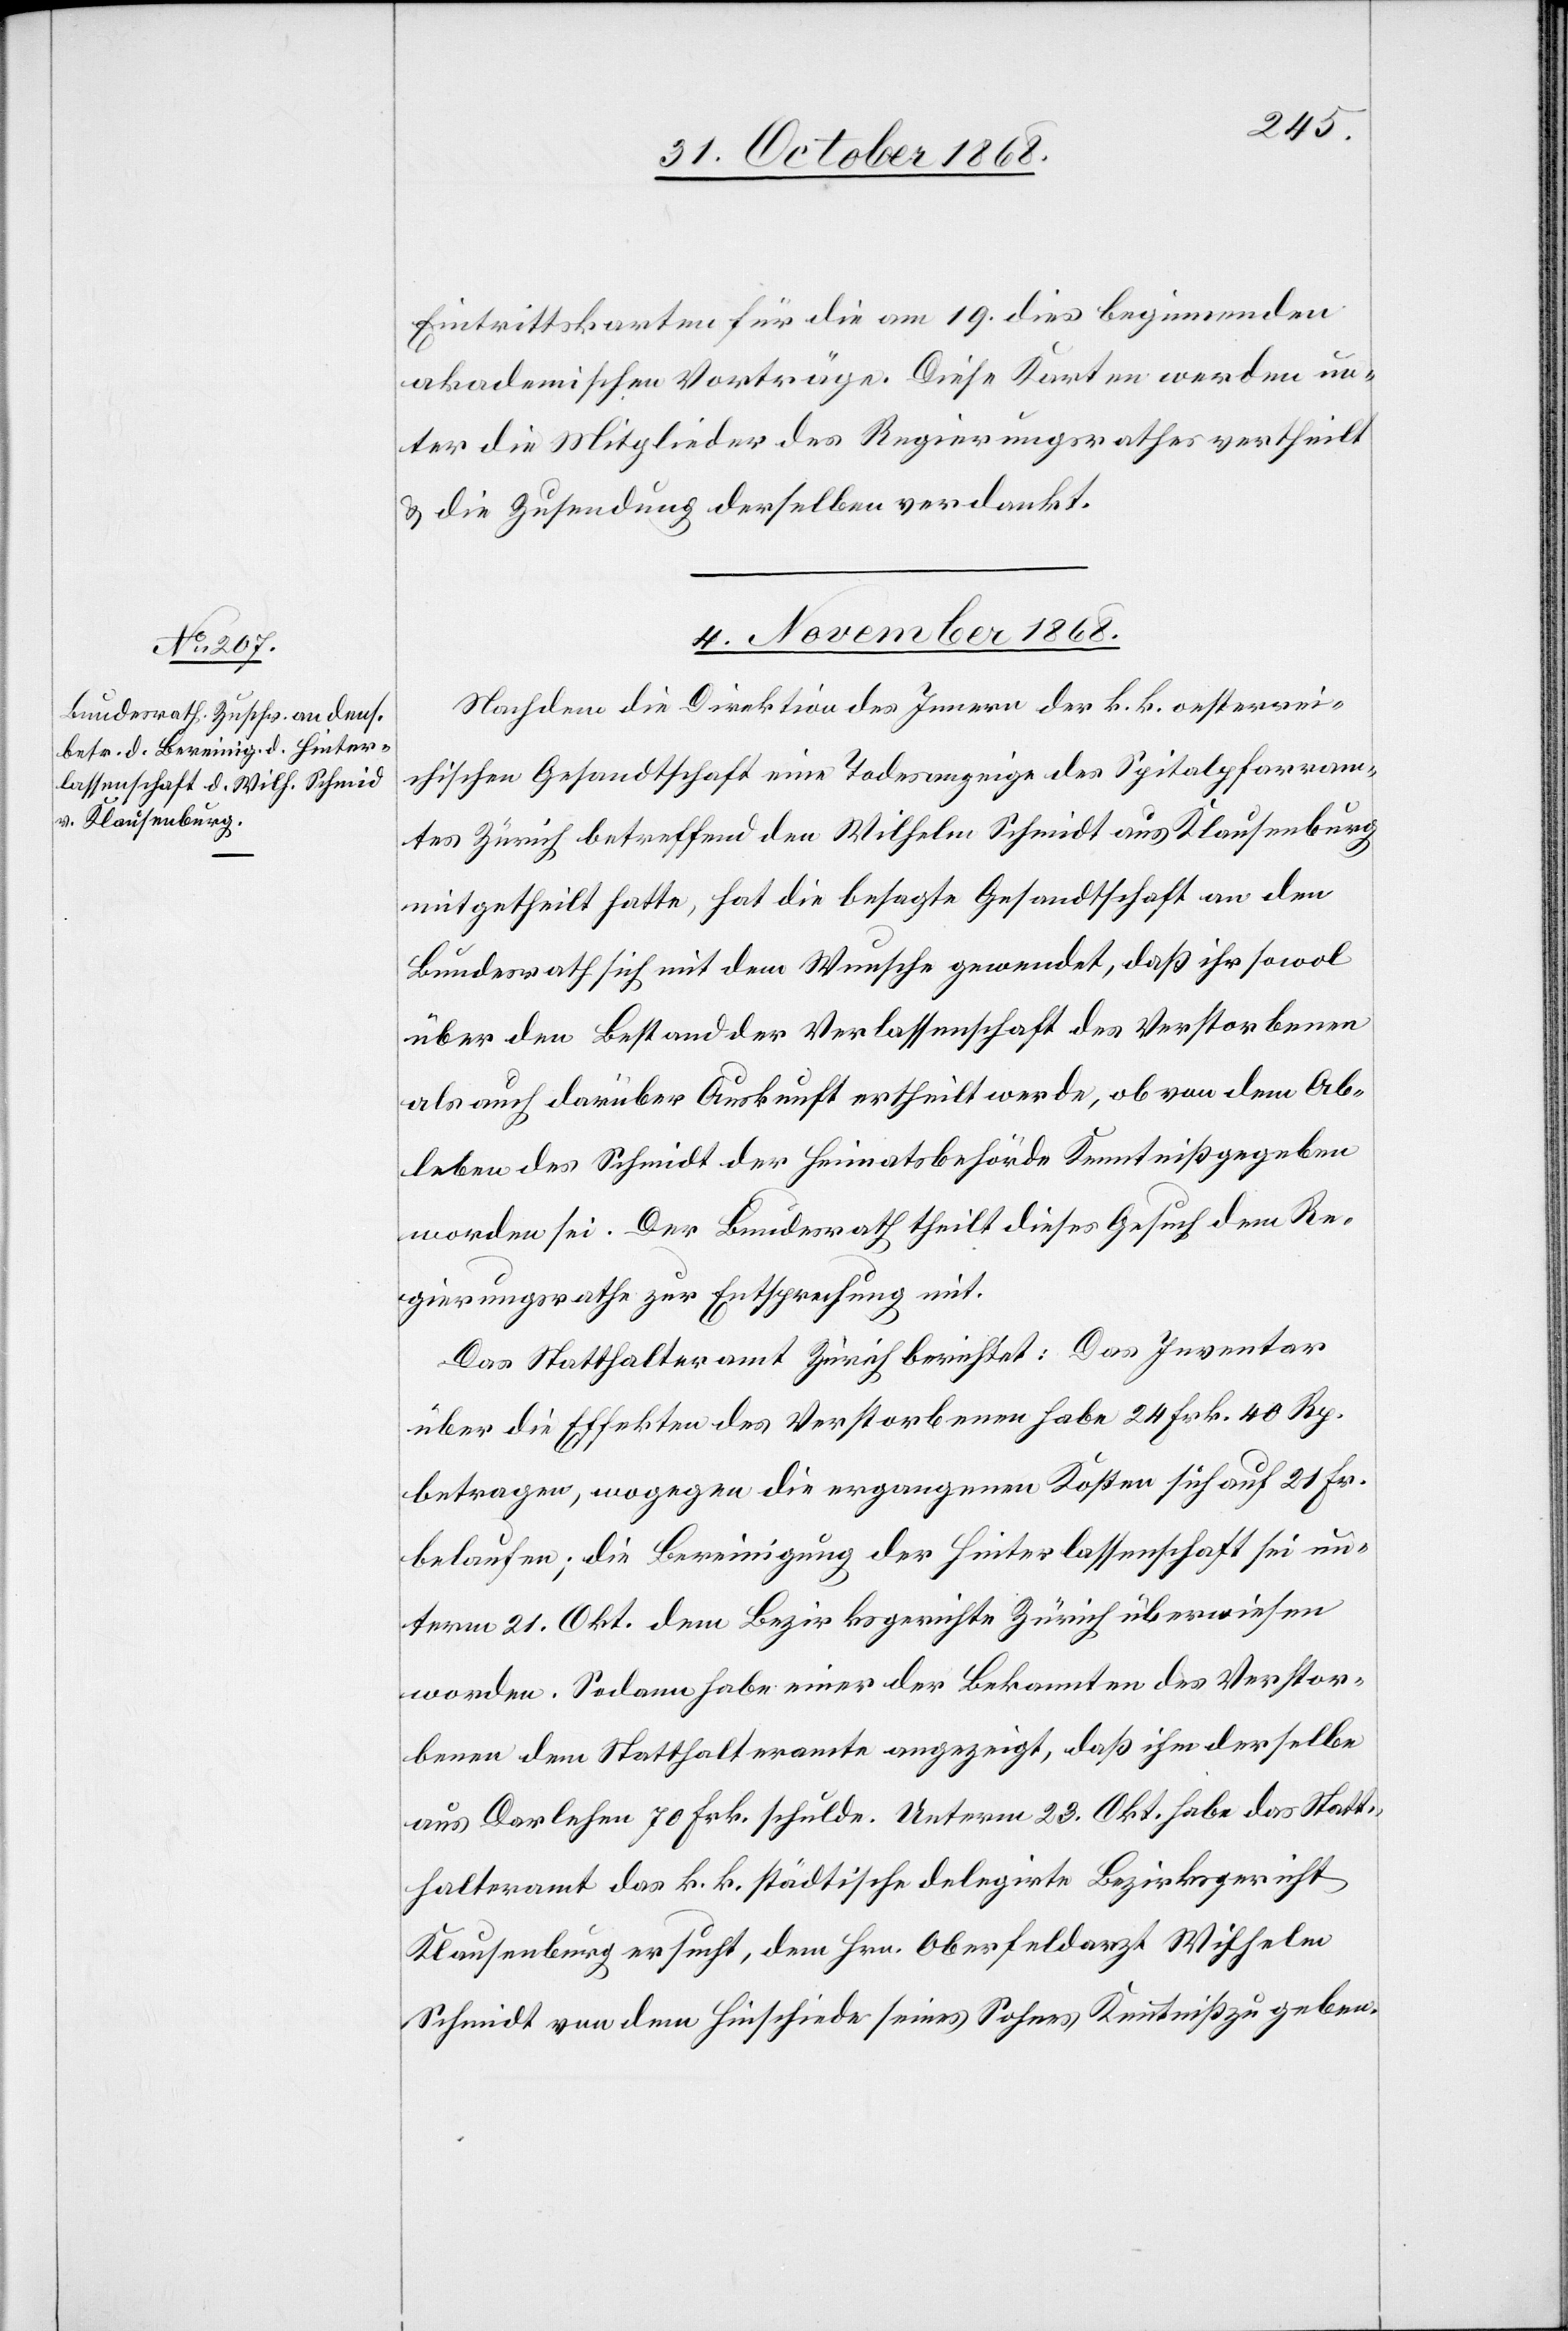
Eintrittskarten für die am 19. dies beginnenden
akademischen Vorträge. Diese Karten werden un¬
ter die Mitglieder des Regierungsrathes vertheilt
& die Zusendung derselben verdankt.
4. November 1868.
Nachdem die Direktion des Innern der k. k. oesterrei¬
chischen Gesandtschaft eine Todesanzeige des Spitalpfarram¬
tes Zürich betreffend den Wilhelm Schmidt [sic!] aus Klausenburg
mitgetheilt hatte, hat die besagte Gesandtschaft an den
Bundesrath sich mit dem Wunsche gewendet, daß ihr sowol
über den Bestand der Verlassenschaft des Verstorbenen
als auch darüber Auskunft ertheilt werde, ob von dem Ab¬
leben des Schmidt der Heimatsbehörde Kenntniß gegeben
worden sei. Der Bundesrath theilt dieses Gesuch dem Re¬
gierungsrathe zur Entsprechung mit.
Das Statthalteramt Zürich berichtet: Das Inventar
über die Effekten des Verstorbenen habe 24 Frk. 40 Rp.
betragen, wogegen die ergangenen Kosten sich auf 21 Fr.
belaufen; die Bereinigung der Hinterlassenschaft sei un¬
term 21. Okt. dem Bezirksgerichte Zürich überwiesen
worden. Sodann habe einer der Bekannten des Verstor¬
benen dem Statthalteramte angezeigt, daß ihm derselbe
aus Darlehen 70 Frk. schulde. Unterm 23. Okt. habe das Statt¬
halteramt das k. k. städtische delegirte Bezirksgericht
Klausenburg ersucht, dem Hrn. Oberfeldarzt Wilhelm
Schmidt von dem Hinschiede seines Sohnes Kenntniß zu geben.